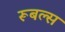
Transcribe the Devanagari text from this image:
रूबल्स